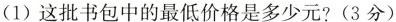
（1）这批书包中的最低价格是多少元？（3分）